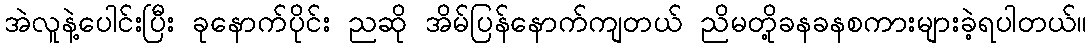
အဲလူနဲ့ပေါင်းပြီး ခုနောက်ပိုင်း ညဆို အိမ်ပြန်နောက်ကျတယ် ညိမတို့ခနခနစကားများခဲ့ရပါတယ်။